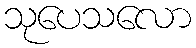
သုပေသလော